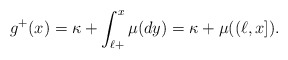
\begin{align*}g^+(x)= \kappa +\int_{\ell+}^{x}\mu(dy)=\kappa +\mu((\ell,x]).\end{align*}